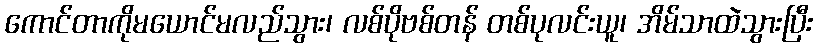
ကောင်တာကိုမယောင်မလည်သွား၊ လစ်ပိုဗစ်တန် တစ်ပုလင်းယူ၊ အိမ်သာထဲသွားပြီး